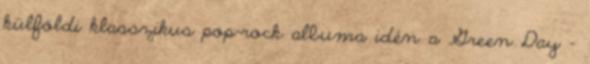
külföldi klasszikus pop-rock albuma idén a Green Day -